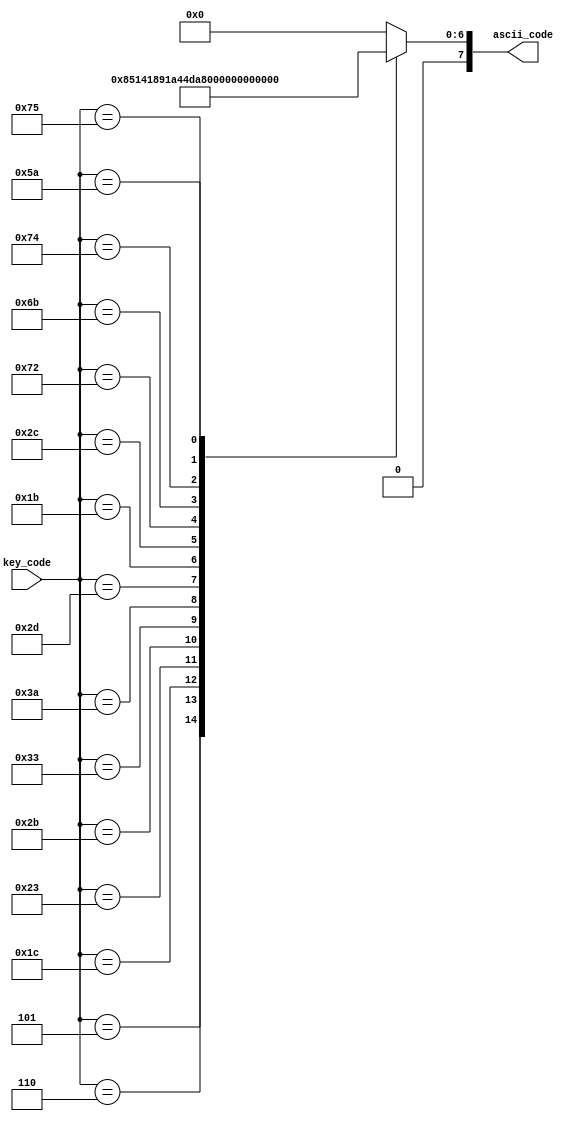
module keycode_to_ascii
(
input wire [7:0] key_code,
output reg [7:0] ascii_code
);

always@*
begin

	case(key_code)
		8'h05: ascii_code = 8'h21;//F1(!) Reset del rtc
		8'h06: ascii_code = 8'h22;//F2(")
		8'h1c: ascii_code = 8'h41;//A Salida de configuracion sin configurar
		8'h23: ascii_code = 8'h44;//D Apagar alarma del timer
		8'h2b: ascii_code = 8'h46;//F entrar en configuracion fecha
		8'h33: ascii_code = 8'h48;//H entra en configuracion hora
		8'h3a: ascii_code = 8'h4d;//M
		8'h2d: ascii_code = 8'h52;//R 
		8'h1b: ascii_code = 8'h53;//S cambiar formato hora
		8'h2c: ascii_code = 8'h54;//T entra en configuracion timer
		8'h72: ascii_code = 8'h35;//flecha abajo (5) 
		8'h6b: ascii_code = 8'h34;//flecha izquierda (4) 
		8'h74: ascii_code = 8'h36;//flecha derecha (6)
		8'h75: ascii_code = 8'h38;//flecha arriba (8)
		8'h5a: ascii_code = 8'h0d;//Enter
		default ascii_code = 8'b0;//NULL char
	endcase
end


endmodule